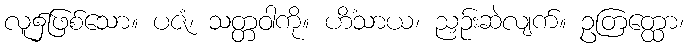
လူ၌ဖြစ်သော။ ပဇံ၊ သတ္တဝါကို။ ဟိံသာယ၊ ညှဉ်းဆဲလျက်။ ဥတြတ္ထော၊